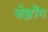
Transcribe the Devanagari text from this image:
जेझोंग